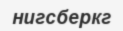
нигсберкг